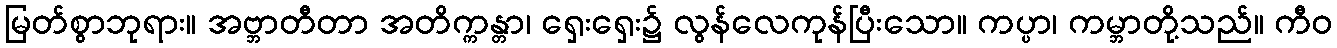
မြတ်စွာဘုရား။ အဗ္ဘာတီတာ အတိက္ကန္တာ၊ ရှေးရှေး၌ လွန်လေကုန်ပြီးသော။ ကပ္ပာ၊ ကမ္ဘာတို့သည်။ ကီဝ